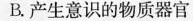
B.产生意识的物质器官